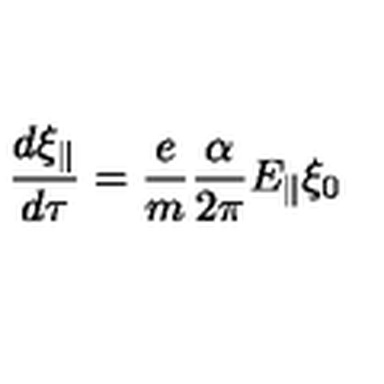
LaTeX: \frac { d \xi _ { \parallel } } { d \tau } = \frac { e } { m } \frac { \alpha } { 2 \pi } E _ { \parallel } \xi _ { 0 }